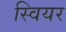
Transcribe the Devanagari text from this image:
स्वियर